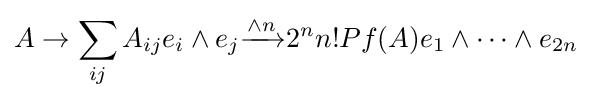
A\rightarrow \sum _{ij}A_{ij}e_{i}\wedge e_{j}{\xrightarrow[{}]{\wedge n}}{2^{n}n!}Pf(A)e_{1}\wedge \cdots \wedge e_{2n}